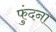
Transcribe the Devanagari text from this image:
फुंदना